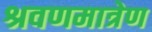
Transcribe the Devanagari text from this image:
श्रवणमात्रेण